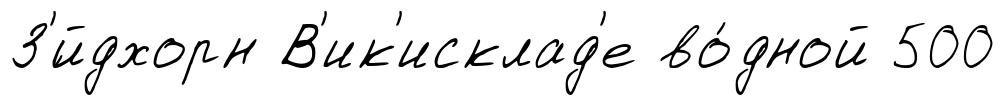
З'́йдхорн В'ик'исклад'е во́дной 500